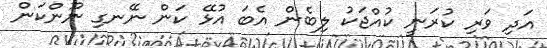
އަދި ވަރި ކުރަނީ ކުއްޖަކު ލިބެން އެބަ އުޅޭ ކަން ނޭނގި ނޫންކަން